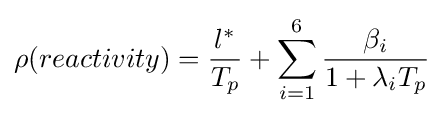
\rho (reactivity)={\frac {l^{*}}{T_{p}}}+\sum _{i=1}^{6}{\frac {\beta _{i}}{1+\lambda _{i}T_{p}}}